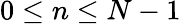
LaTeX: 0\leq n\leq N-1